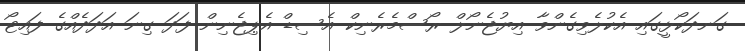
ގަނދަކޯޅީގައި އެކުލެވިގެންވާ އިޔުޖެނޯލް ރޯސްމެރެނިކް އެސިޑް އެޕިޖެނިން ފަދަ ގިނަ އަދަދެއްގެ ފައިޓޯ